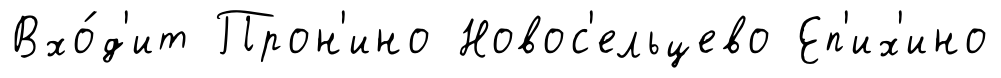
Вхо́д'ит Прон'ино Новос'ельцево Еп'их'ино